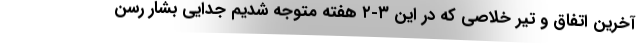
آخرین اتفاق و تیر خلاصی که در این ۳-۲ هفته متوجه شدیم جدایی بشار رسن